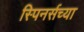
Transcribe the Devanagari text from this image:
स्पिनर्सच्या